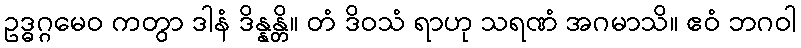
ဥဒ္ဓဂ္ဂမေဝ ကတွာ ဒါနံ ဒိန္နန္တိ။ တံ ဒိဝသံ ရာဟု သရဏံ အဂမာသိ။ ဧဝံ ဘဂဝါ